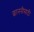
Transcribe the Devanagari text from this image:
छाननीसाठी